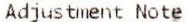
ADJUSTMENT NOTE